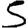
Digit: 5